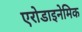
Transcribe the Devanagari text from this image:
एरोडाइनेमिक